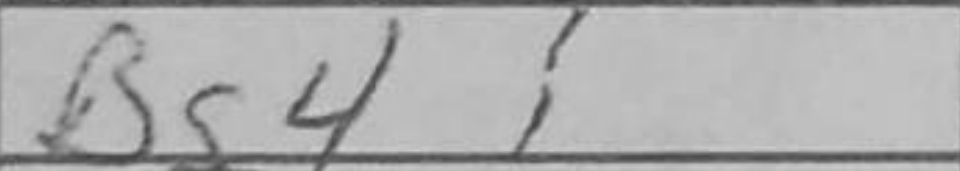
Transcription: Bg4